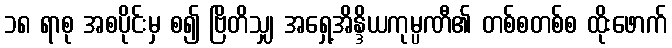
၁၈ ရာစု အစပိုင်းမှ စ၍ ဗြိတိသျှ အရှေ့အိန္ဒိယကုမ္ပဏီ၏ တစ်စတစ်စ ထိုးဖောက်